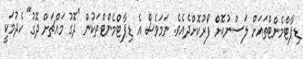
ޑިޕާޓްމެންޓްތައަށް ލަސްނުކޮށް ފޯރުކޮށްދެއެވެ. ނަމަވެސް އެ ޑިޕާޓްމެންޓްތަކުން "ދޮގު މައްޗަށް ދޮގު" ހެދުމަކީ